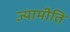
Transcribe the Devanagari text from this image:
ज्यामीति